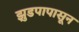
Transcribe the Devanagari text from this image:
झुडपापासून